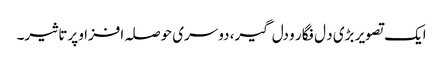
ایک تصویر بڑی د ل فگار و دل گیر، دوسری حوصلہ افزا و پرتاثیر۔